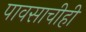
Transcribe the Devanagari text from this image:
पावसाचीही